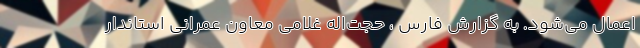
اعمال می‌شود. به گزارش فارس ، حجت‌اله غلامی معاون عمرانی استاندار